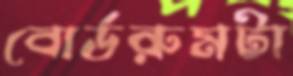
বোর্ডরুমটা